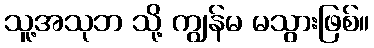
သူ့အသုဘ သို့ ကျွန်မ မသွားဖြစ်။